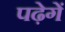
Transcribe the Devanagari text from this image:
पढ़ेगें